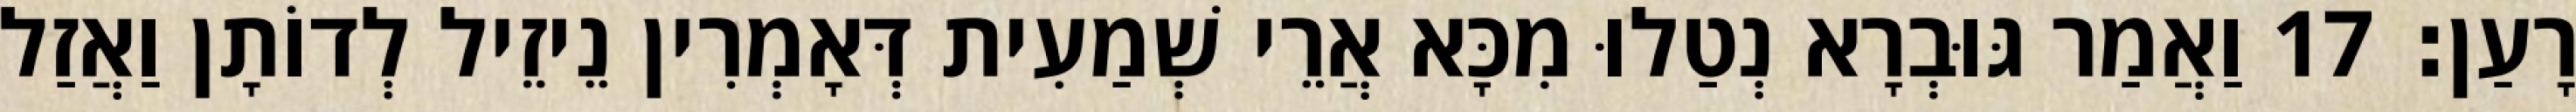
רָעַן׃ 17 וַאֲמַר גּוּבְרָא נְטַלוּ מִכָּא אֲרֵי שְׁמַעִית דְּאָמְרִין נֵיזֵיל לְדוֹתָן וַאֲזַל